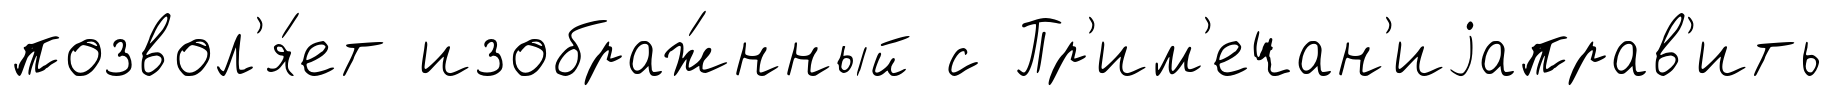
позвол'я́ет изображ́нный с Пр'им'ечан'иjаправ'ить